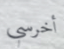
أخرسي